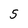
Character: 5